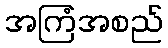
အကြံအစည်